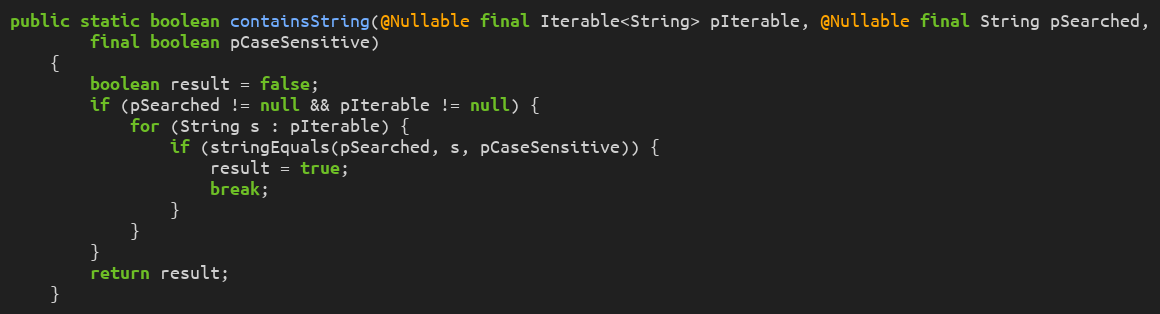
Language: Java
public static boolean containsString(@Nullable final Iterable<String> pIterable, @Nullable final String pSearched,
        final boolean pCaseSensitive)
    {
        boolean result = false;
        if (pSearched != null && pIterable != null) {
            for (String s : pIterable) {
                if (stringEquals(pSearched, s, pCaseSensitive)) {
                    result = true;
                    break;
                }
            }
        }
        return result;
    }